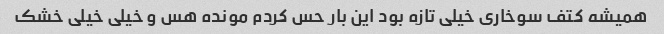
همیشه کتف سوخاری خیلی تازه بود این بار حس کردم مونده هس و خیلی خیلی خشک